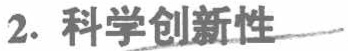
2. 科学创新性